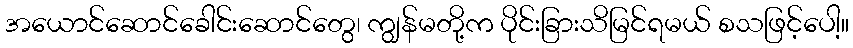
အယောင်ဆောင်ခေါင်းဆောင်တွေ၊ ကျွန်မတို့က ပိုင်းခြားသိမြင်ရမယ် စသဖြင့်ပေါ့။